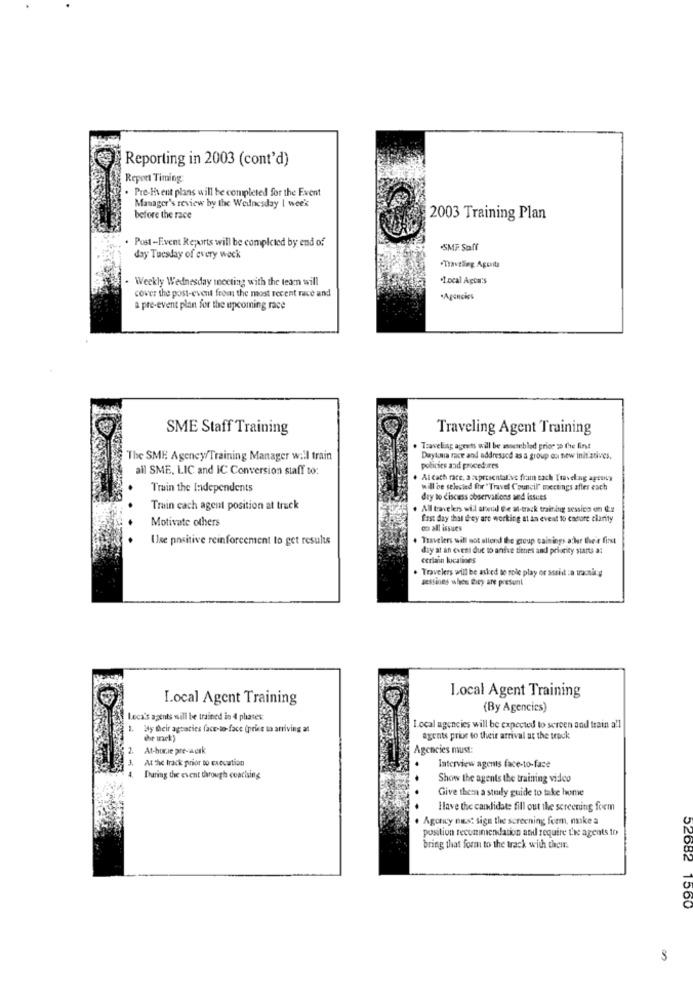
Reporting in 2003 (cont'd)
Report Timing
. Pre-Fixent plans will be completed for the Event
Manager's review by the Wednesday | week
before the race
2003 Training Plan
Post -Event Reports will be completed by end of
SMF Soff
day Tuesday of every week
Traveling Agoits
. Weekly Wednesday meeting with the team will
"Local Agca's
cover the post-event from the most recent race and
*Agencies
a pre-event plan for the upcoming race
SME Staff Training
Traveling Agent Training
. Traveling agrets will be assembled prior so Che fint
The SME Agency/Training Manager wall train
Daytona race and addressed as a group ou new init atives,
all SME, LIC and IC Conversion staff to:
policies and procedures
Al cath rate, a apresentalive frain sach Traveling agtony
Train the Independents
will be selected for "Travel Council" meetings after each
dry to discuss observations wed issues
Train cach agent position at truck
. All travelers »il alweil Be at-track training session en (.#
Motivate others
first day that d'ey are working at an event to carbure clarity
co all issues
Use positive reinforcement to get results
. Travelers will not allend the group cainings acher the's first
day at an exem due to andve titties and priority starts a:
certain lucalines
. Travelers will be asked to role play or asshit :a tracning
sessions when they are present
local Agent Training
Local Agent Training
(By Agencies)
Leca's agents will be trained in 4 phases
Hy their agsaties face-to-face (price ta arriving at
Local agencies will be expected to screen and train a'l
the track)
agents prior to their arrival at the track
2. At-hurie pre-werk
Agencies must:
At the track prior to Execution
1.
Interview agents face-to-face
During the event through coaching
Show the agents the training video
Give them a stely guide to take home
Have the candidate fill out the screening form
. Agency mist sign the screening form, make a
position recommendation and require the agents to
bring that form to the track with their.
52682 1560
3